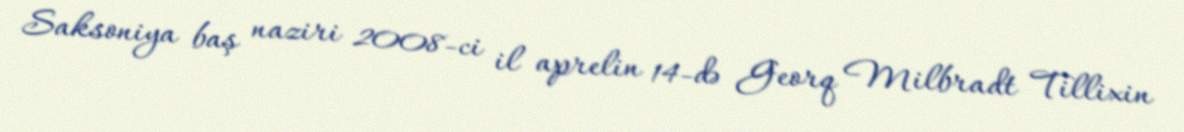
Saksoniya baş naziri 2008-ci il aprelin 14-də Georq Milbradt Tillixin